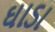
ઘાડા